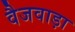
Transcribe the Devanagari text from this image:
वैजवाड़ा